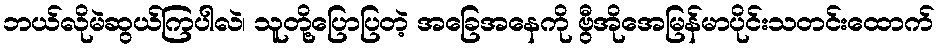
ဘယ်လိုမဲဆွယ်ကြပါလဲ၊ သူတို့ပြောပြတဲ့ အခြေအနေကို ဗွီအိုအေမြန်မာပိုင်းသတင်းထောက်